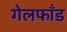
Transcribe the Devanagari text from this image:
गेलफाँड